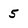
Character: 5